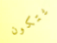
يتكون